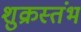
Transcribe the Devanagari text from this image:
शुक्रस्तंभ